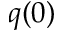
q ( 0 )